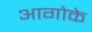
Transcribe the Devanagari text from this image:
आगोके